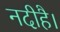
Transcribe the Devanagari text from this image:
नदीहै।